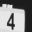
Digit: 4